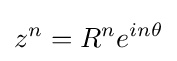
z^{n}=R^{n}e^{in\theta }